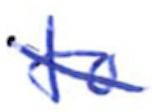
Text: to
Cross-out: diagonal
Writing tool: ballpoint